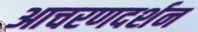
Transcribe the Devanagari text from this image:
आचरणदर्शन